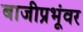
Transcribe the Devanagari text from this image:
बाजीप्रभूंवर